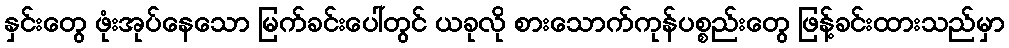
နှင်းတွေ ဖုံးအုပ်နေသော မြက်ခင်းပေါ်တွင် ယခုလို စားသောက်ကုန်ပစ္စည်းတွေ ဖြန့်ခင်းထားသည်မှာ